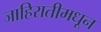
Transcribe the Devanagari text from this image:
जाहिरातीमधून